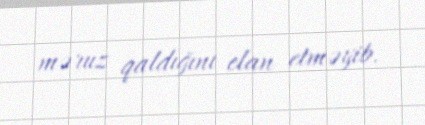
məruz qaldığını elan etməyib.